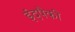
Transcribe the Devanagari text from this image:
ईदपैकी